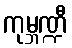
ကုမ္ဘဏ္ဍီ